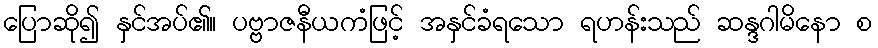
ပြောဆို၍ နှင်အပ်၏။ ပဗ္ဗာဇနီယကံဖြင့် အနှင်ခံရသော ရဟန်းသည် ဆန္ဒဂါမိနော စ